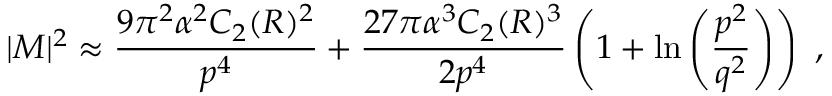
| { \cal M } | ^ { 2 } \approx { \frac { 9 \pi ^ { 2 } \alpha ^ { 2 } C _ { 2 } ( R ) ^ { 2 } } { p ^ { 4 } } } + { \frac { 2 7 \pi \alpha ^ { 3 } C _ { 2 } ( R ) ^ { 3 } } { 2 p ^ { 4 } } } \left( 1 + \ln \left( { \frac { p ^ { 2 } } { q ^ { 2 } } } \right) \right) ~ ,